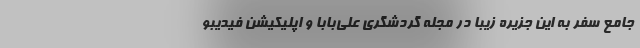
جامع سفر به این جزیره زیبا در مجله گردشگری علی‌بابا و اپلیکیشن فیدیبو